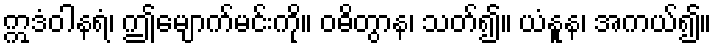
ဣဒံဝါနရံ၊ ဤမျောက်မင်းကို။ ဝဓိတွာန၊ သတ်၍။ ယံနူန၊ အကယ်၍။